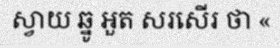
ស្វាយ ឆ្នូ អួត សរសើរ ថា «